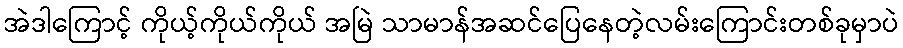
အဲဒါကြောင့် ကိုယ့်ကိုယ်ကိုယ် အမြဲ သာမာန်အဆင်ပြေနေတဲ့လမ်းကြောင်းတစ်ခုမှာပဲ